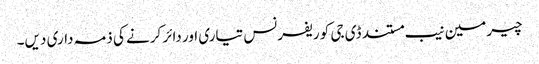
چیرمین نیب مستند ڈی جی کو ریفرنس تیاری اور دائر کرنے کی ذمہ داری دیں۔